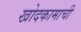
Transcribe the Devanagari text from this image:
खोदकामाची